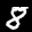
Label: 8